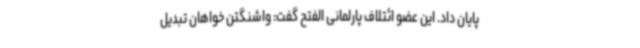
پایان داد. این عضو ائتلاف پارلمانی الفتح گفت: واشنگتن خواهان تبدیل